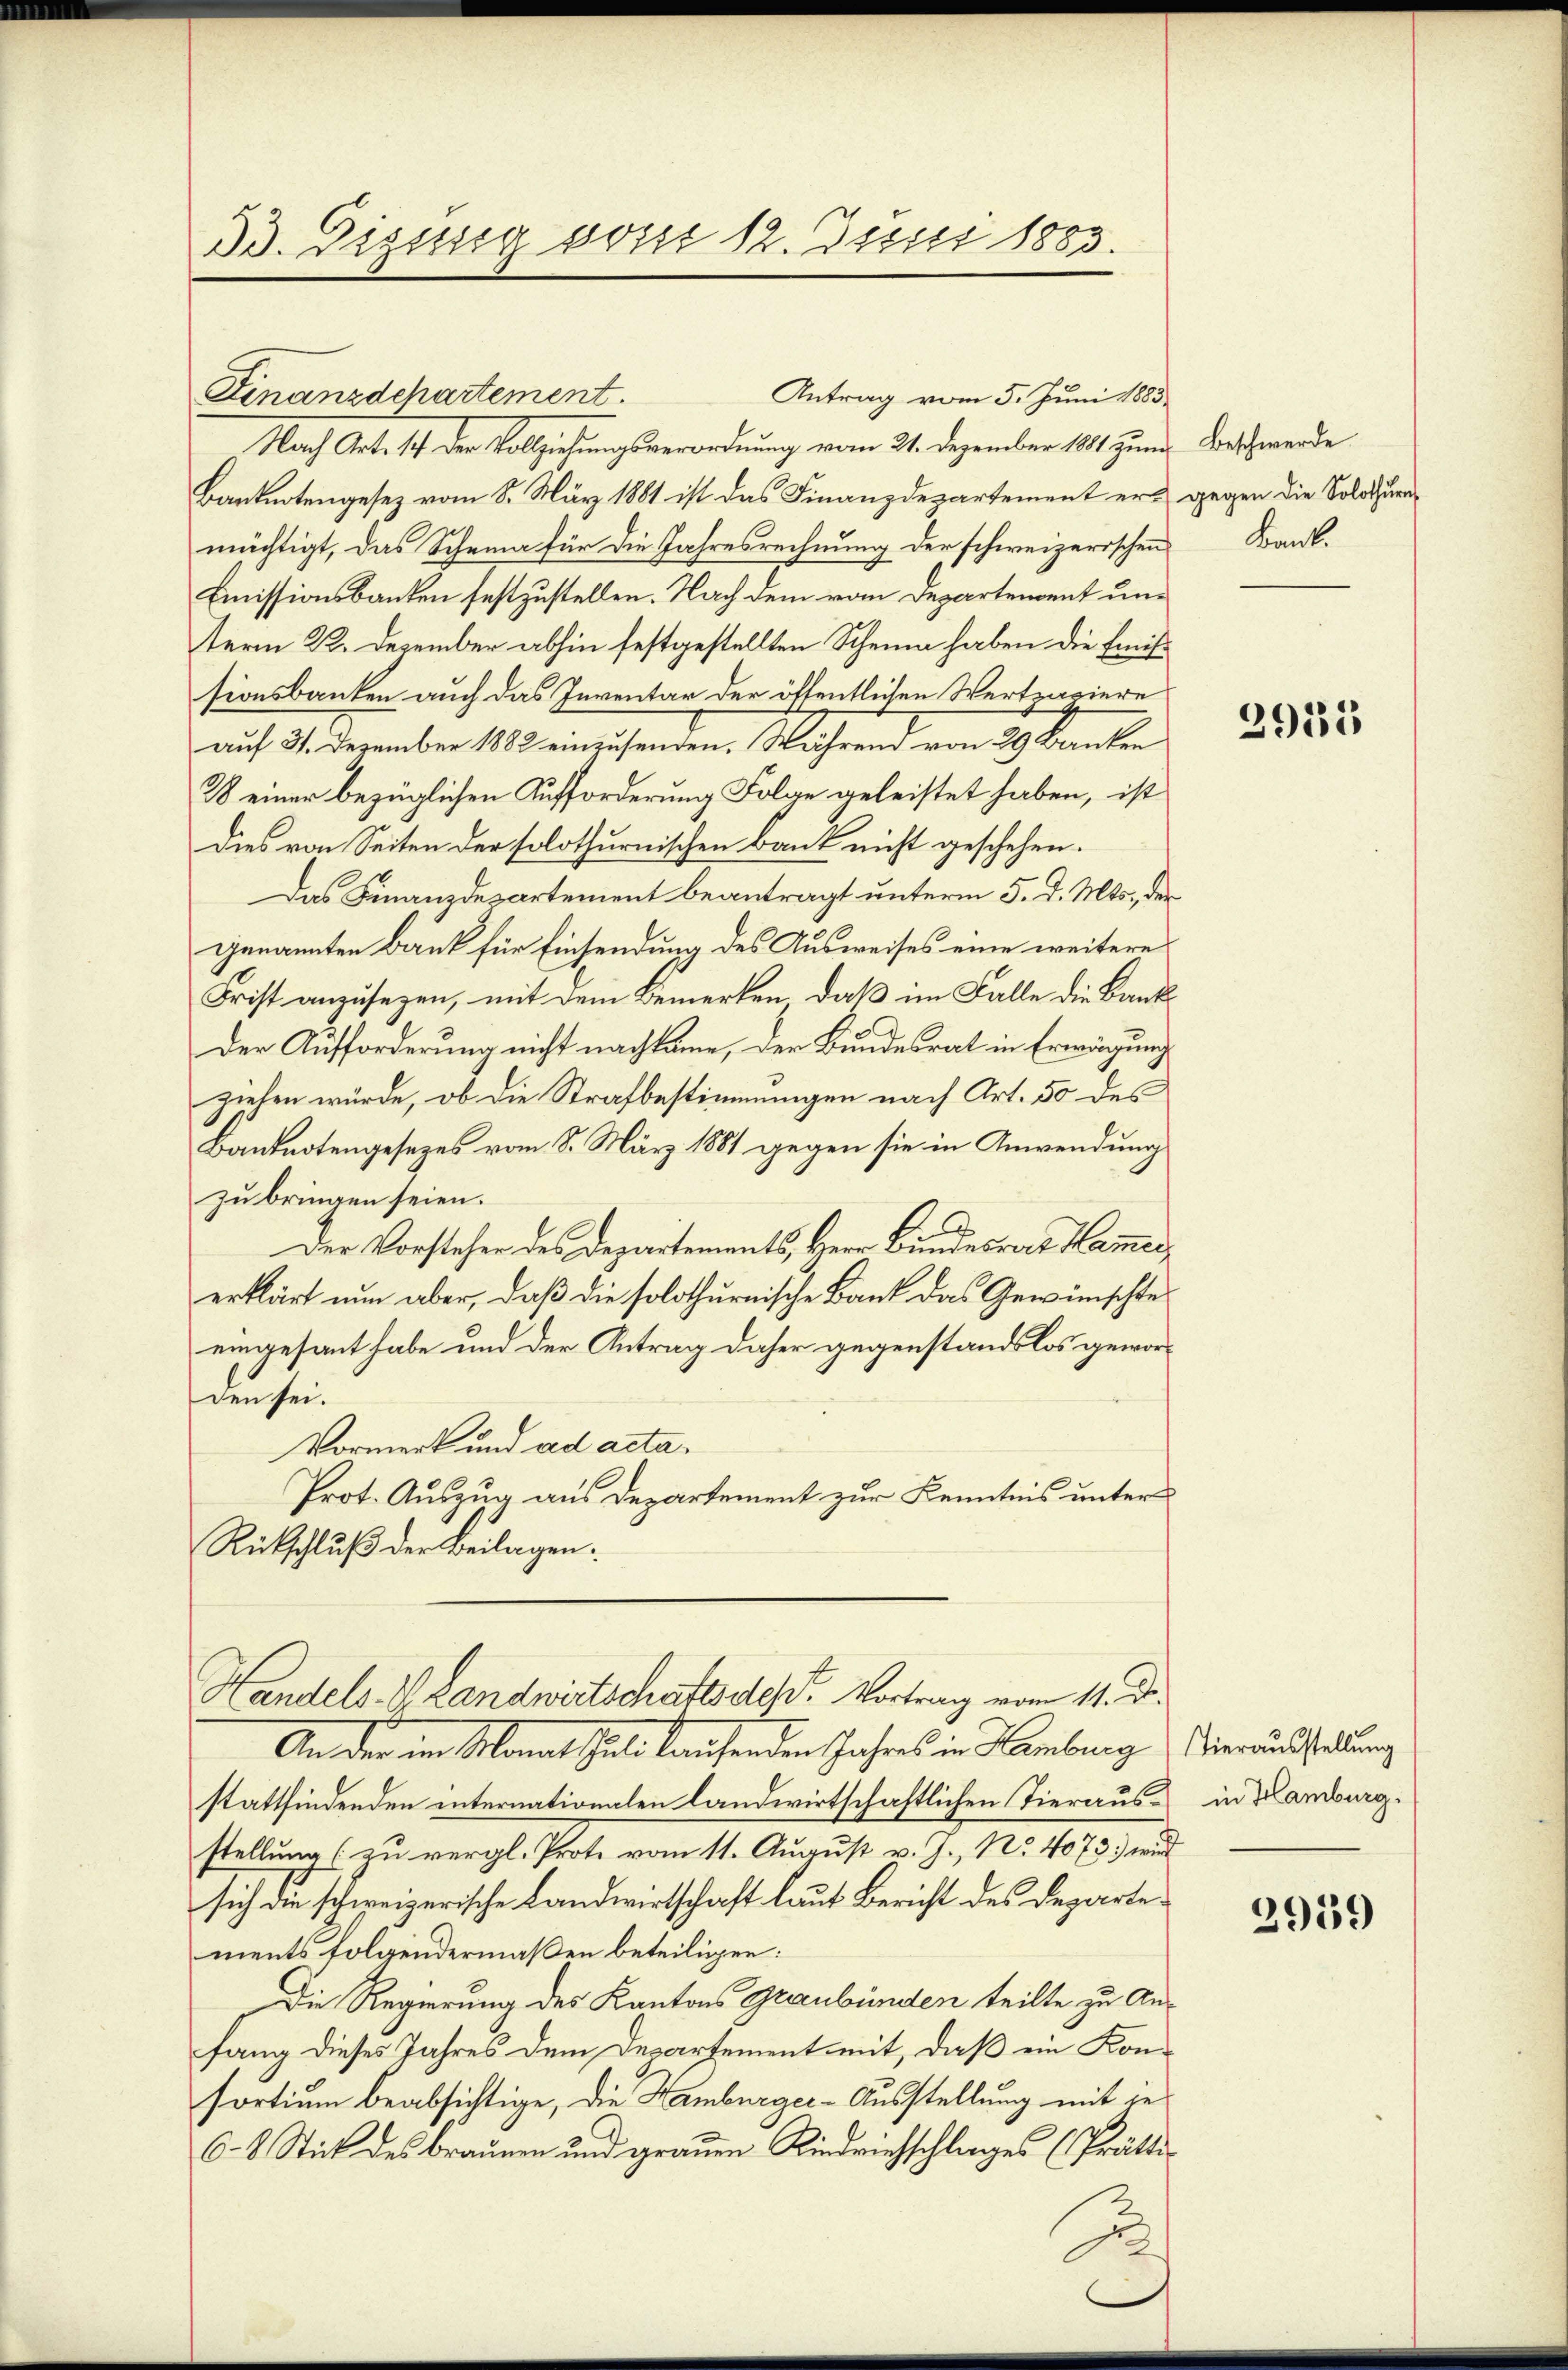
33. Dissig vom 12. Junii 1883.

Finanzdchartement.

Nach Art. 14 der Vollziehungsverordnung vom 21. Dezember 1881 zum Beschwerde
Banknotengesez vom 8. März 1881 ist das Finanzdepartement ermächtigt, das Schema für die Jahresrechnung der schweizerischen Bank-
Emissionsbanken festzustellen. Nach dem vom Departendent unterm 22. Dezember abhin festgestellten Scheune haben die Emissionsbanken auch das Inventar der öffentlichen Wertpapiere
auf 31. Dezember 1882 einzusenden. Während von 29. Banken
28 einer bezüglichen Aufforderung Folge geleistet haben, ist
dies von Seiten der solothurnischen Bank nicht geschehen.
Das Finanzdepartement beantragt unterm 5. d. Mts., der
genannten Bank für Einsendung des Ausweises eine weitere
Frist anzusezen, mit dem Bemerken, daß im Falle die Bank
Der Aufforderung nicht nachkame, der Bundesrat in Erwägung
ziehen würde, ob die Strafbestimmungen nach Art. 50 des
Banknotengesezes vom 8. März 1881 gegen sie in Anwendung
zu bringen seien.
Der Vorstehen des Departements, Herr Bundesrat Hammer,
erklärt nun aber, daß die solothurnische Bank das Gewünschte
eingesant habe und der Antrag daher gegenstandslos geworden sei.
Vormerk und ad acta¬
Prot. Auszug aus Departement zur Kenntnis unter
Rückschluß der Beilagen.

Antrag vom 5. Juni 1883.

Handels. V Landwirtschaftsdest. Vortrag vom 11. d.

An der im Monat Selo laufenden Jahres in Hamburg Vierausstellung
stattfindenden internationalen landwirtschaftlichen Tierausstellung (zu vergl. Prote vom 11. August v. J., No. 4073.) wurd
sich die schweizerische Landwirtschaft laut Bericht des Departements folgendermaßen beteiligen:
Die Regierung des Kantons Graubünden teilte zu Anfang dieses Jahres dem Departement mit, daß ein Konsortium beabsichtige, die Hamburger-Ausstellung mit in
O. 8 Stick des Braunen und grauen Riedrichschlages (Prätti-

gegen die Solothurn,

2935

in Hamburg.

2959